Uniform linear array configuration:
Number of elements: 48
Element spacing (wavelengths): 0.75
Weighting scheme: kaiser
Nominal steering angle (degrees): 0
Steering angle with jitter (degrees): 0.2906
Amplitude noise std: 0.05
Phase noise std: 0.05

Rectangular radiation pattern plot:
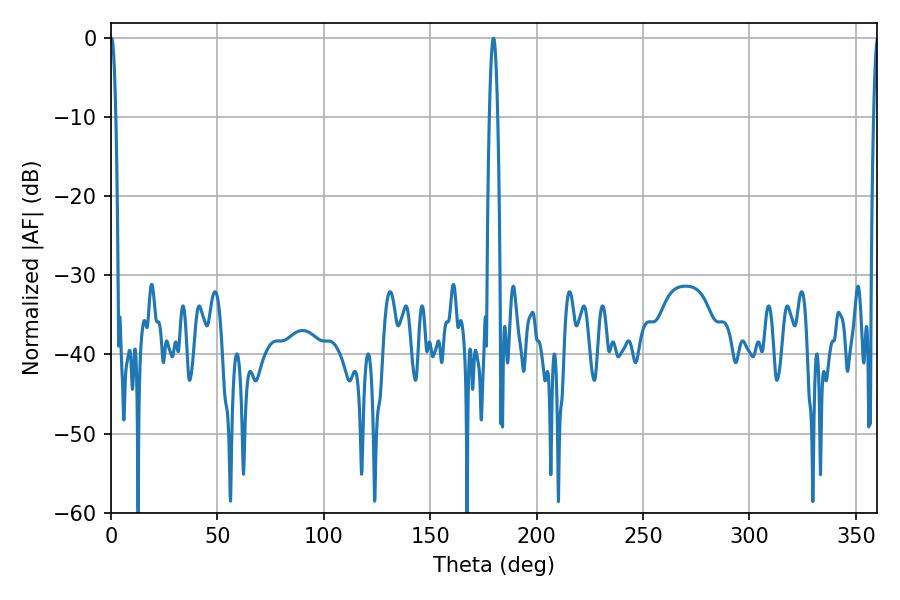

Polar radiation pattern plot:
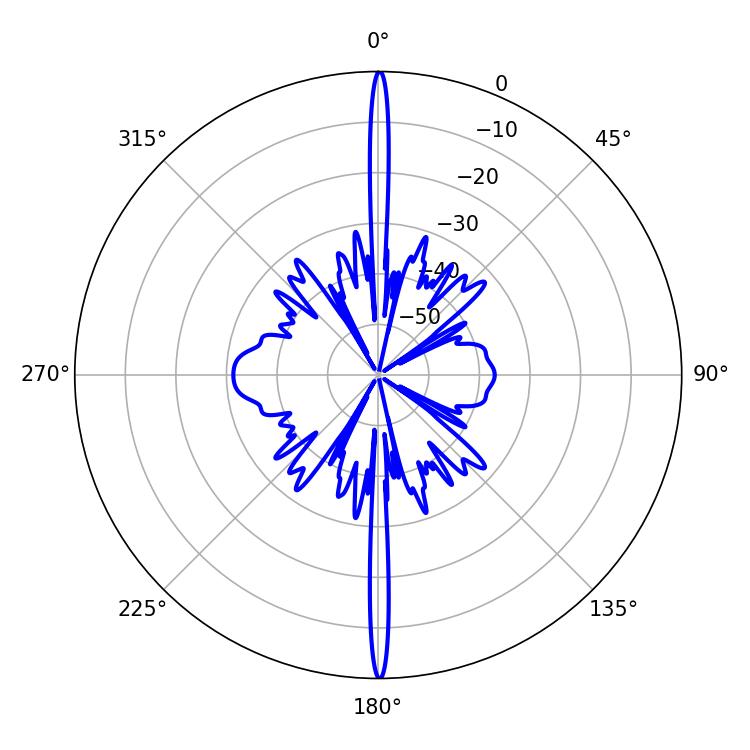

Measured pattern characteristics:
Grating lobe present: TRUE
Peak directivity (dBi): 40.554
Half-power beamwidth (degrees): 1.98
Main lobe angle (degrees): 179.64